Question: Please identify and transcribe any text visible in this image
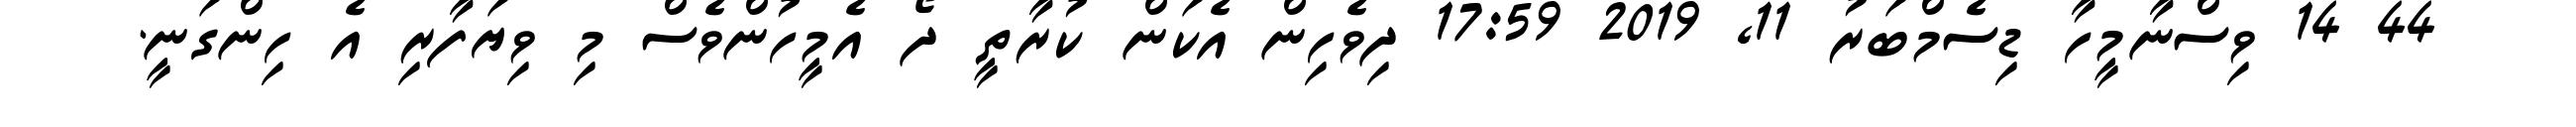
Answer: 44 14 ވިސްނާމީހާ ޑިސެމްބަރު 11, 2019 17:59 ދިވެހިން އެކަން ކުރާތީ ދޯ އެމީހުންވެސް މި ވިޔަފާރި އެ ހިންގަނީ.